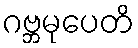
ဂဗ္ဘမုပေတိ